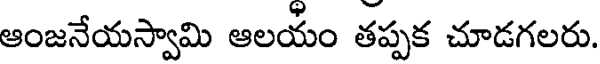
ఆంజనేయస్వామి ఆలయం తప్పక చూడగలరు.